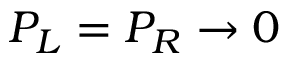
P _ { L } = P _ { R } \to 0